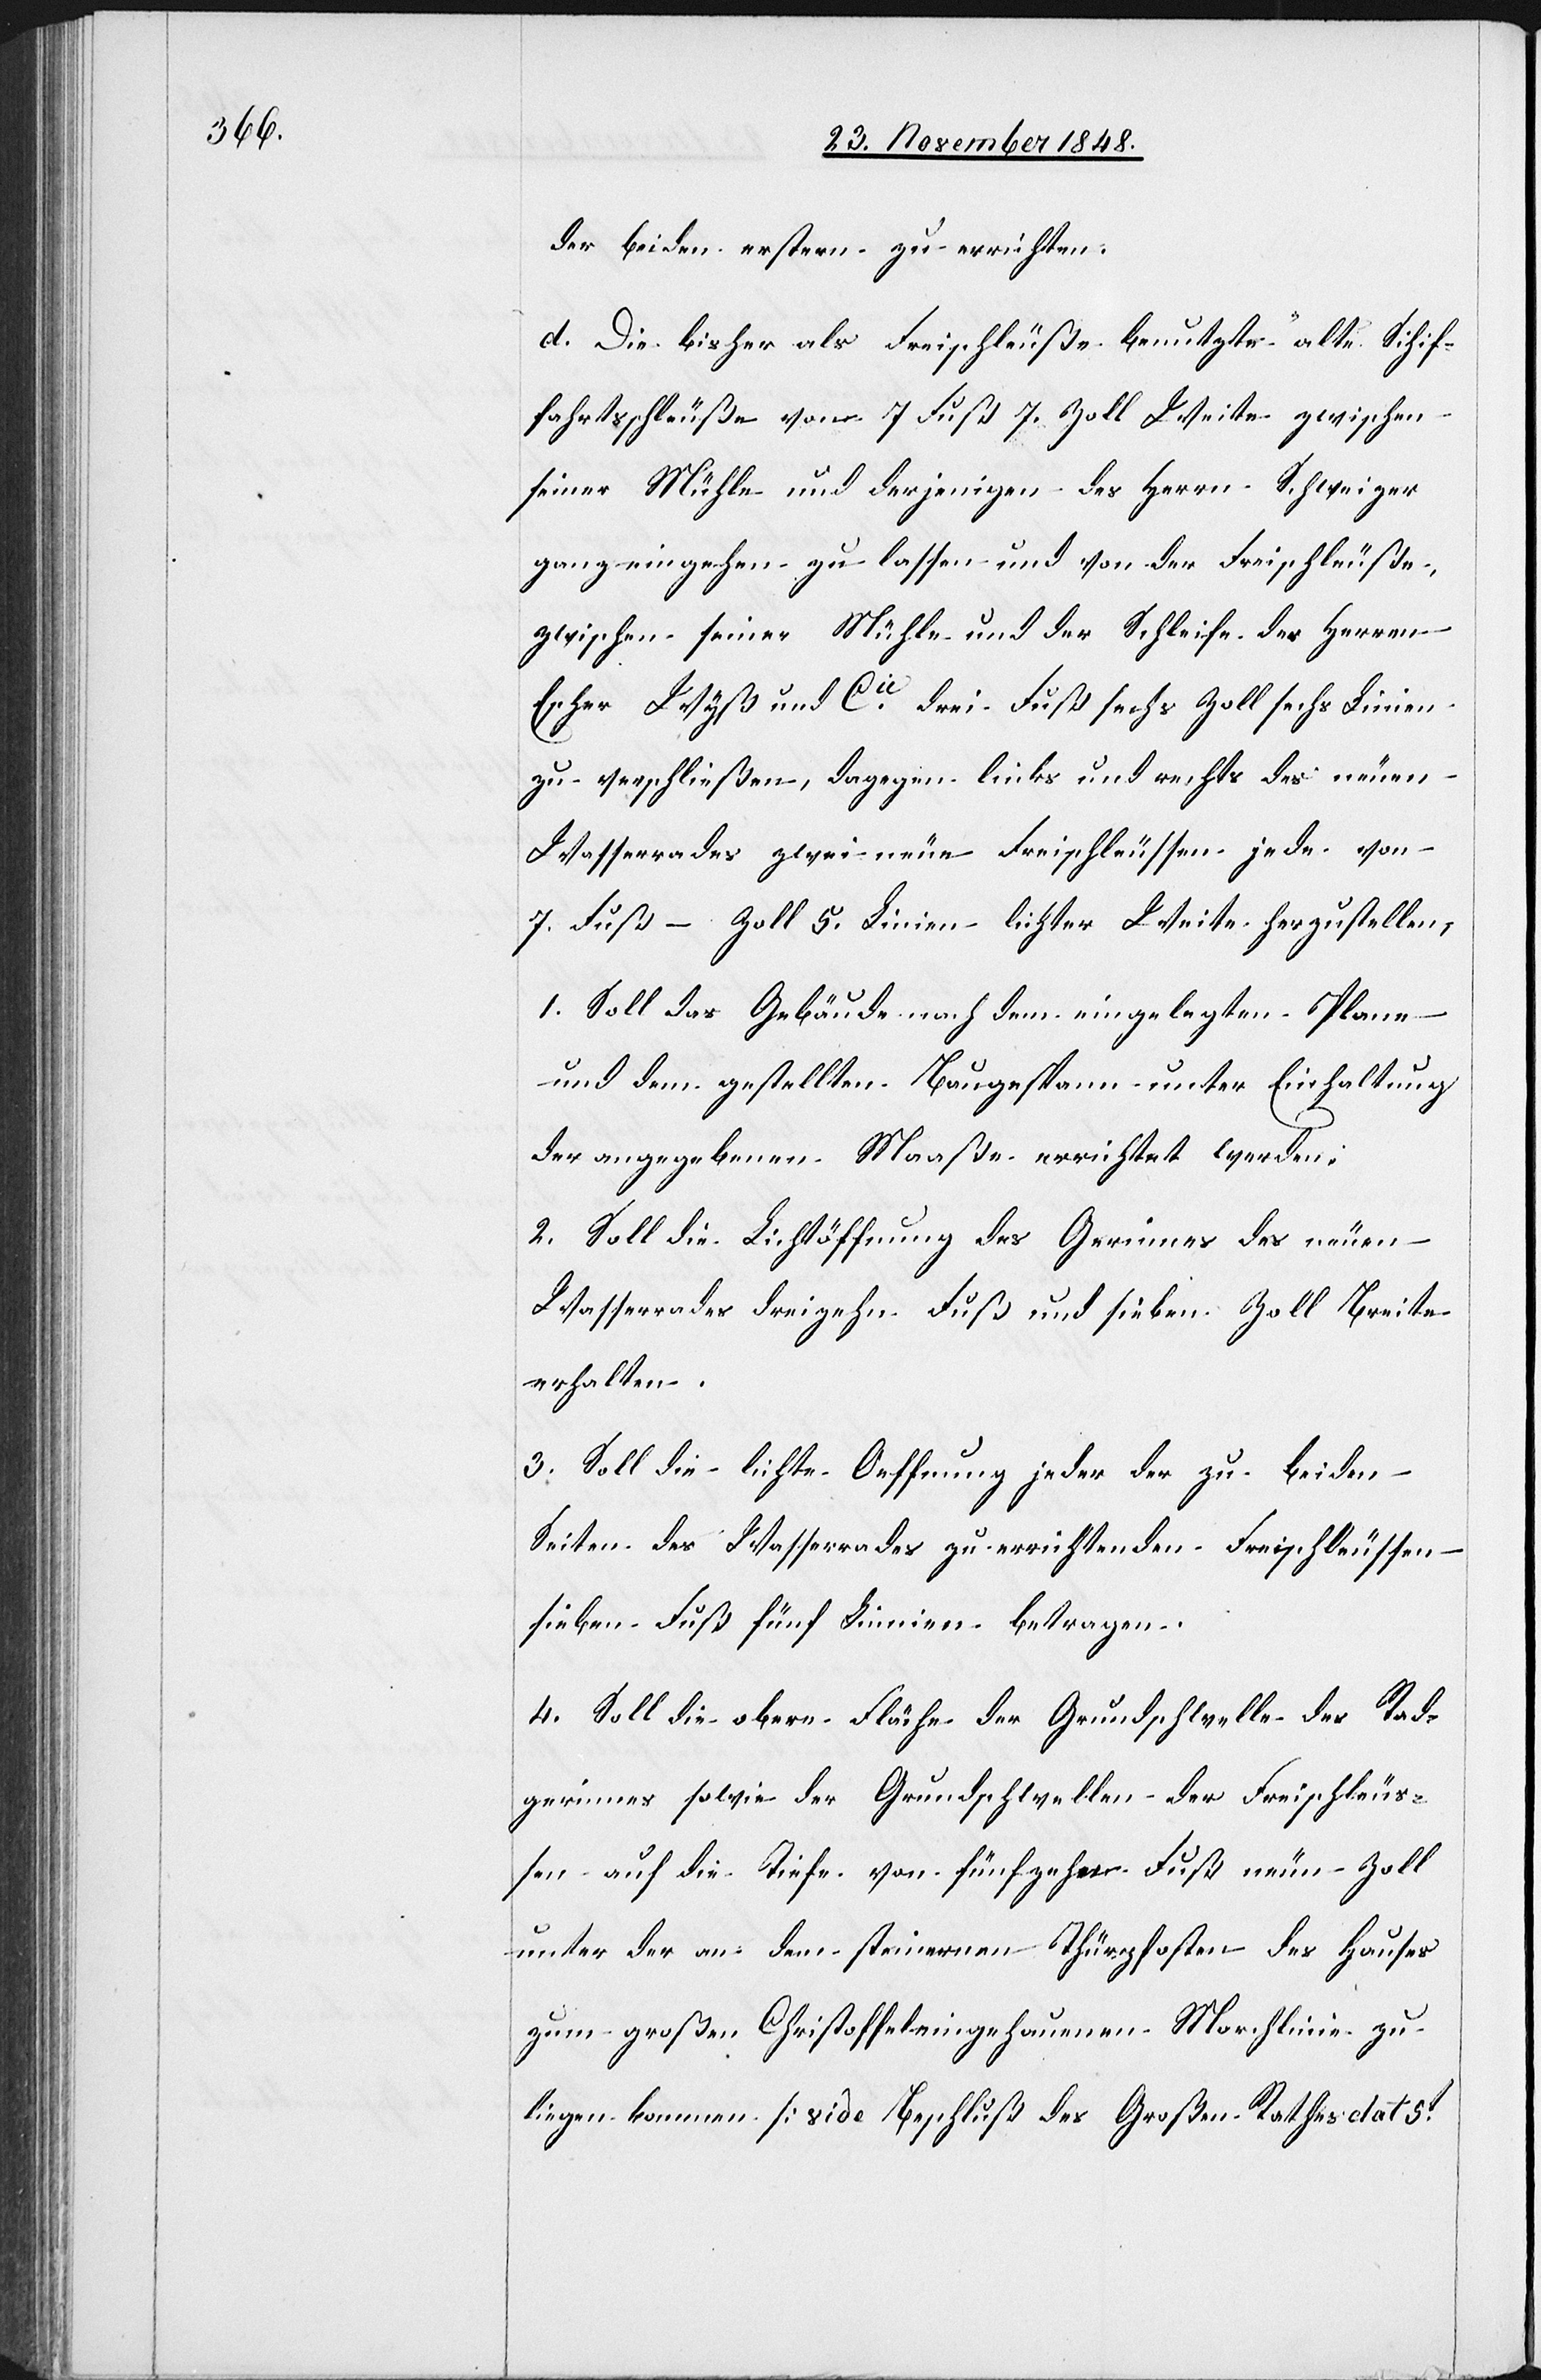
der beiden erstern zu errichten.
d. Die bisher als Freischleuße benutzte alte Schif¬
fahrtsschleuße von 7 Fuß 7. Zoll Weite zwischen
seiner Mühle und derjenigen des Herrn Schweizer
ganz eingehen zu lassen und von der Freischleuße
zwischen seiner Mühle und der Schleife der Herren
Escher Wyß und Cie drei Fuß sechs Zoll sechs Linien
zu verschließen, dagegen links und rechts des neuen
Wasserrades zwei neue Freischleussen jede von
7. Fuß – Zoll 5. Linien lichter Weite herzustellen,
1. Soll das Gebäude nach dem eingelegten Plane
und dem gestellten Baugespann unter Einhaltung
der angegebenen Maaße errichtet werden.
2. Soll die Lichtöffnung des Gerinnes des neuen
Wasserrades dreizehn Fuß und sieben Zoll Breite
erhalten.
3. Soll die lichte Oeffnung jeder der zu beiden
Seiten des Wasserrades zu errichtenden Freischleussen
sieben Fuß fünf Linien betragen.
4. Soll die obere Fläche der Grundschwelle des Rad¬
gerinnes sowie der Grundschwellen der Freischleus¬
sen auf die Tiefe von fünfzehn Fuß neuen Zoll
unter der an dem steinernen Thürpfosten des Hauses
zum großen Christoffel eingehauenen Marchlinie zu
liegen kommen [vide Beschluß des Großen Rathes dat 5t